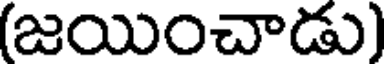
(జయించాడు)